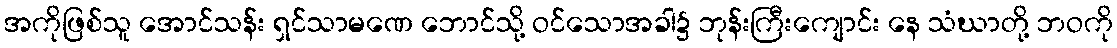
အကိုဖြစ်သူ အောင်သန်း ရှင်သာမဏေ ဘောင်သို့ ဝင်သောအခါ၌ ဘုန်းကြီးကျောင်း နေ သံဃာတို့ ဘဝကို